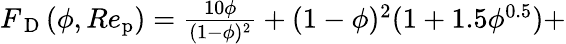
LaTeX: \begin{array}{rl}{{F_{\mathrm{~D~}}}(\phi,Re_{\mathrm{p}})=\frac{10\phi}{(1-\phi)^{2}}+(1-\phi)^{2}(1+1.5\phi^{0.5})+}\end{array}